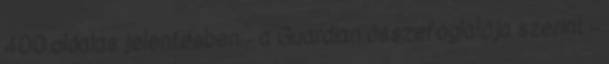
400 oldalas jelentésben – a Guardian összefoglalója szerint –